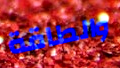
والطاقة